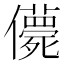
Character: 𠐿